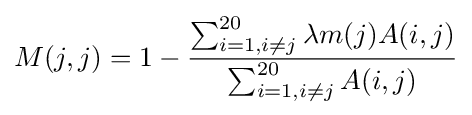
M(j,j)=1-{\frac {\sum _{i=1,i\neq j}^{20}\lambda m(j)A(i,j)}{\sum _{i=1,i\neq j}^{20}A(i,j)}}